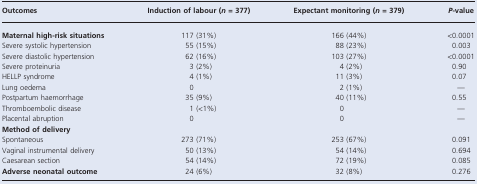
| Outcomes | Induction of labour (n = 377) | Expectant monitoring (n = 379) | P-value |
 | --- | --- | --- | --- |
 | Maternal high-risk situations | 117 (31%) | 166 (44%) | <0.0001 |
 | Severe systolic hypertension | 55 (15%) | 88 (23%) | 0.003 |
 | Severe diastolic hypertension | 62 (16%) | 103 (27%) | <0.0001 |
 | Severe proteinuria | 3 (2%) | 4 (2%) | 0.90 |
 | HELLP syndrome | 4 (1%) | 11 (3%) | 0.07 |
 | Lung oedema | 0 | 2 (1%) | — |
 | Postpartum haemorrhage | 35 (9%) | 40 (11%) | 0.55 |
 | Thromboembolic disease | 1 (<1%) | 0 | — |
 | Placental abruption | 0 | 0 | — |
 | <COLSPAN=4> Method of delivery |
 | Spontaneous | 273 (71%) | 253 (67%) | 0.091 |
 | Vaginal instrumental delivery | 50 (13%) | 54 (14%) | 0.694 |
 | Caesarean section | 54 (14%) | 72 (19%) | 0.085 |
 | Adverse neonatal outcome | 24 (6%) | 32 (8%) | 0.276 |